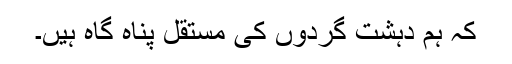
کہ ہم دہشت گردوں کی مستقل پناہ گاہ ہیں۔